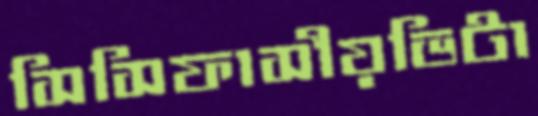
সিসিফাসীয়ভিটা